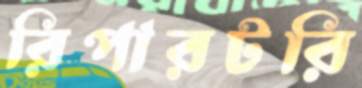
রিপারটরি